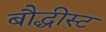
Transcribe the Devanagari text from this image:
बौद्धीस्ट